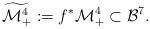
LaTeX: \begin{align*}\widetilde{\mathcal{M}^{4}_+}:= f^*\mathcal{M}^{4}_+ \subset\mathcal{B}^7.\end{align*}